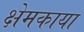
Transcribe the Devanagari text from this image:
क्षेमकाया